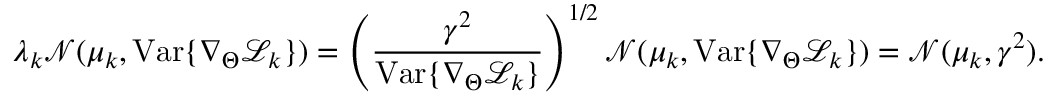
\lambda _ { k } \mathcal { N } ( \mu _ { k } , \mathrm { V a r } \{ \nabla _ { \Theta } \mathcal { L } _ { k } \} ) = \left( \frac { \gamma ^ { 2 } } { \mathrm { V a r } \{ \nabla _ { \Theta } \mathcal { L } _ { k } \} } \right) ^ { 1 / 2 } \mathcal { N } ( \mu _ { k } , \mathrm { V a r } \{ \nabla _ { \Theta } \mathcal { L } _ { k } \} ) = \mathcal { N } ( \mu _ { k } , \gamma ^ { 2 } ) .